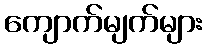
ကျောက်မျက်များ